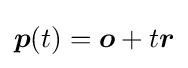
{\boldsymbol {p}}(t)={\boldsymbol {o}}+t{\boldsymbol {r}}